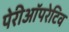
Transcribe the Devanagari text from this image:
पेरीऑपरेटिव